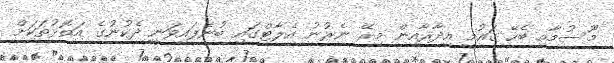
މޫސުމާއި ބެހޭ ޤައުމީ އިދާރާއިން މިރޭ ނެރުނު އެލާޓްގައި ބުނެފައިވަނީ ދެކުނުގެ އަތޮޅުތަކަށް